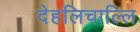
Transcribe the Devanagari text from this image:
देहलिचाल्लि